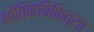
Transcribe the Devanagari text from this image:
भौतिकचिकित्सा